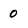
Character: 0